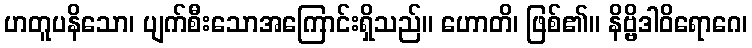
ဟတူပနိသော၊ ပျက်စီးသောအကြောင်းရှိသည်။ ဟောတိ၊ ဖြစ်၏။ နိဗ္ဗိဒါဝိရောဂေ၊